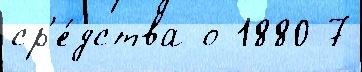
ср'е́дства о 1880 7